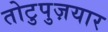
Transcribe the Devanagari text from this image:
तोटुपुज़यार